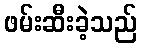
ဖမ်းဆီးခဲ့သည်